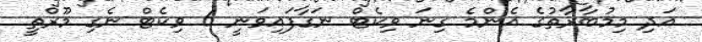
އަދި މިމުބާރާތުގެ އެންމެ ގިނަ ވިކެޓް ނަގާފައިވަނީ 6 ވިކެޓް ނެގި މޫރްތީ